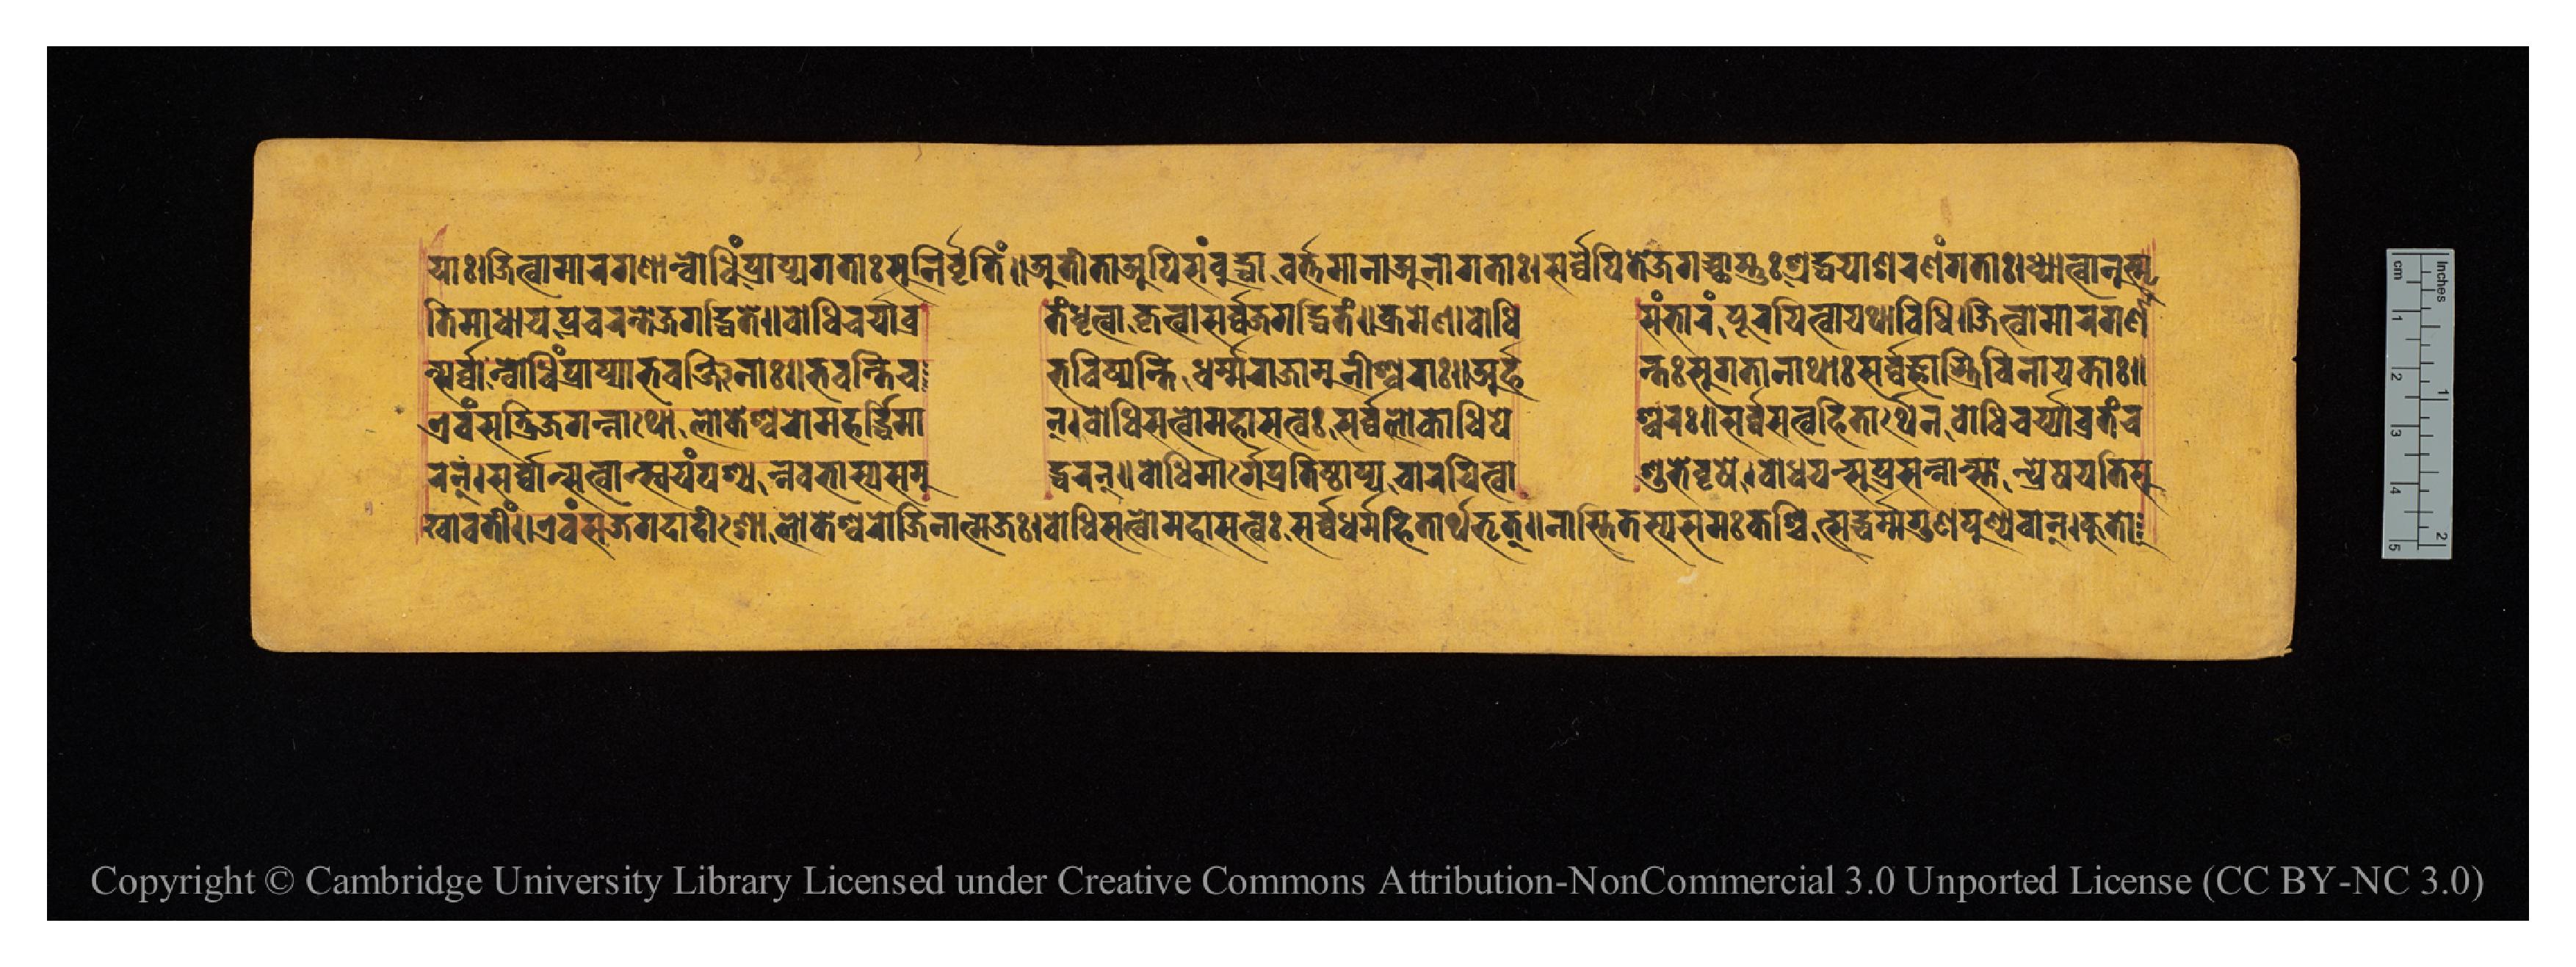
𑐫𑐵𑑅𑑌𑐖𑐶𑐟𑑂𑐰𑐵𑐩𑐵𑐬𑐐𑐞𑐵𑐣𑑂𑐧𑑀𑐢𑐶𑑄𑐥𑑂𑐬𑐵𑐥𑑂𑐫𑐐𑐟𑐵𑑅𑐳𑐸𑐣𑐶𑐬𑑂𑐰𑐺𑐟𑐶𑑄𑑌𑐀𑐟𑐷𑐟𑐵𑐀𑐥𑐶𑐳𑑄𑐧𑐸𑐡𑑂𑐢𑐵𑐰𑐬𑑂𑐟𑐩𑐵𑐣𑐵𑐀𑐣𑐵𑐐𑐟𑐵𑑅𑑋𑐳𑐬𑑂𑐰𑑂𑐰𑐾𑐥𑐶𑐟𑐾𑐖𑐐𑐔𑑂𑐕𑐵𑐳𑑂𑐟𑐸𑑅𑐱𑑂𑐬𑐡𑑂𑐢𑐫𑐵𑐱𑐬𑐞𑑄𑐐𑐟𑐵𑑅𑑋𑐢𑑂𑐫𑐵𑐟𑑂𑐰𑐵𑐣𑐸𑐳𑑂𑐩𑐺 𑐟𑐶𑐩𑐵𑐢𑐵𑐫𑐥𑑂𑐬𑐔𑐬𑐣𑑂𑐟𑑀𑐖𑐐𑐡𑑂𑐢𑐶𑐟𑐾𑑌𑐧𑑀𑐢𑐶𑐔𑐬𑑂𑐫𑐵𑐰𑑂𑐬  𑐟𑑄𑐢𑐺𑐟𑑂𑐰𑐵𑐎𑐺𑐟𑑂𑐰𑐵𑐳𑐬𑑂𑐰𑑂𑐰𑐖𑐐𑐡𑑂𑐢𑐶𑐟𑑄𑑌𑐎𑑂𑐬𑐩𑐾𑐞𑐧𑑀𑐢𑐶  𑐳𑑄𑐨𑐵𑐬𑑄𑐥𑐹𑐬𑐫𑐶𑐟𑑂𑐰𑐵𑐫𑐠𑐵𑐰𑐶𑐢𑐶𑑌𑐖𑐶𑐟𑑂𑐰𑐵𑐩𑐵𑐬𑐐𑐞𑐵 𑐣𑑂𑐳𑐬𑑂𑐰𑑂𑐰𑐵𑐣𑑂𑐧𑑀𑐢𑐶𑑄𑐥𑑂𑐬𑐵𑐥𑑂𑐫𑐵𑐨𑐰𑐣𑑂𑐖𑐶𑐣𑐵𑑅𑑌𑐨𑐰𑐣𑑂𑐟𑐶𑐔  𑐨𑐰𑐶𑐲𑑂𑐫𑐣𑑂𑐟𑐶𑐢𑐬𑑂𑐩𑑂𑐩𑐬𑐵𑐖𑐵𑐩𑐸𑐣𑐷𑐱𑑂𑐰𑐬𑐵𑑅𑑌𑐀𑐬𑑂𑐴  𑐣𑑂𑐟𑑅𑐳𑐸𑐐𑐟𑐵𑐣𑐵𑐠𑐵𑑅𑐳𑐬𑑂𑐰𑑂𑐰𑐖𑑂𑐘𑐵𑐳𑑂𑐟𑑂𑐬𑐶𑐰𑐶𑐣𑐵𑐫𑐎𑐵𑑅𑑌 𑐊𑐰𑑄𑐳𑐟𑑂𑐬𑐶𑐖𑐐𑐣𑑂𑐣𑐵𑐠𑑀𑐮𑑀𑐎𑐾𑐱𑑂𑐰𑐬𑑀𑐩𑐴𑐬𑑂𑐡𑑂𑐢𑐶𑐩𑐵 𑐣𑑂𑑋𑐧𑑀𑐢𑐶𑐳𑐟𑑂𑐰𑑀𑐩𑐴𑐵𑐳𑐟𑑂𑐰𑑅𑐳𑐬𑑂𑐰𑑂𑐰𑐮𑑀𑐎𑐵𑐢𑐶𑐥𑐾  𑐱𑑂𑐰𑐬𑑅𑑋𑐳𑐬𑑂𑐰𑑂𑐰𑐳𑐟𑑂𑐰𑐴𑐶𑐟𑐵𑐬𑑂𑐠𑐾𑐣𑐧𑑀𑐢𑐶𑐔𑐬𑑂𑐫𑐵𑐰𑑂𑐬𑐟𑐘𑑂𑐔 𑐏𑐵𑐰𑐟𑐷𑑄𑑌𑐊𑐰𑐩𑑂𑐳𑐖𑐐𑐡𑐵𑐡𑐷𑐱𑑀𑐮𑑀𑐎𑐾𑐱𑑂𑐰𑐬𑑀𑐖𑐶𑐣𑐵𑐟𑑂𑐩𑐖𑑅𑑋𑐧𑑀𑐢𑐶𑐳𑐟𑑂𑐰𑑀𑐩𑐴𑐵𑐳𑐟𑑂𑐰𑑅𑐳𑐬𑑂𑐰𑑂𑐰𑐢𑐬𑑂𑐩𑑂𑐩𑐴𑐶𑐟𑐵𑐬𑑂𑐠𑐨𑐺𑐟𑑂𑑌𑐣𑐵𑐳𑑂𑐟𑐶𑐟𑐳𑑂𑐫𑐳𑐩𑑄𑐎𑐱𑑂𑐔𑐶𑐟𑑂𑐳𑐡𑑂𑐢𑐬𑑂𑐩𑑂𑐩𑐐𑐸𑐞𑐥𑐸𑐞𑑂𑐫𑐰𑐵𑐣𑑂𑑋𑐎𑐸𑐟𑑀 𑐬𑐣𑑂𑑋𑐳𑐬𑑂𑐰𑑂𑐰𑐵𑐣𑑂𑐳𑐟𑑂𑐰𑐵𑐣𑑂𑐳𑑂𑐰𑐫𑑄𑐥𑐱𑑂𑐫𑐣𑑂𑐣𑐰𑐨𑐵𑐳𑑂𑐫𑐳𑐩𑐸  𑐡𑑂𑐢𑐬𑐣𑑂𑑌𑐧𑑀𑐢𑐶𑐩𑐵𑐬𑑂𑐐𑐾𑐥𑑂𑐬𑐟𑐶𑐲𑑂𑐛𑐵𑐥𑑂𑐫𑐔𑐵𑐬𑐫𑐶𑐟𑑂𑐰𑐵  𑐱𑐸𑐨𑐾𑐰𑐺𑐲𑐾𑑋𑐧𑑀𑐢𑐫𑐣𑑂𑐳𑐸𑐥𑑂𑐬𑐳𑐣𑑂𑐣𑐵𑑄𑐳𑑂𑐟𑐵𑐣𑑂𑐥𑑂𑐬𑐾𑐲𑐫𑐟𑐶𑐳𑐸